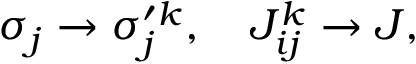
\sigma _ { j } \rightarrow \sigma _ { j } ^ { \prime k } , \quad J _ { i j } ^ { k } \rightarrow J ,